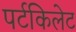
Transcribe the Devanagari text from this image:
पर्टकिलेट